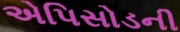
એપિસોડની